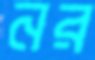
নর